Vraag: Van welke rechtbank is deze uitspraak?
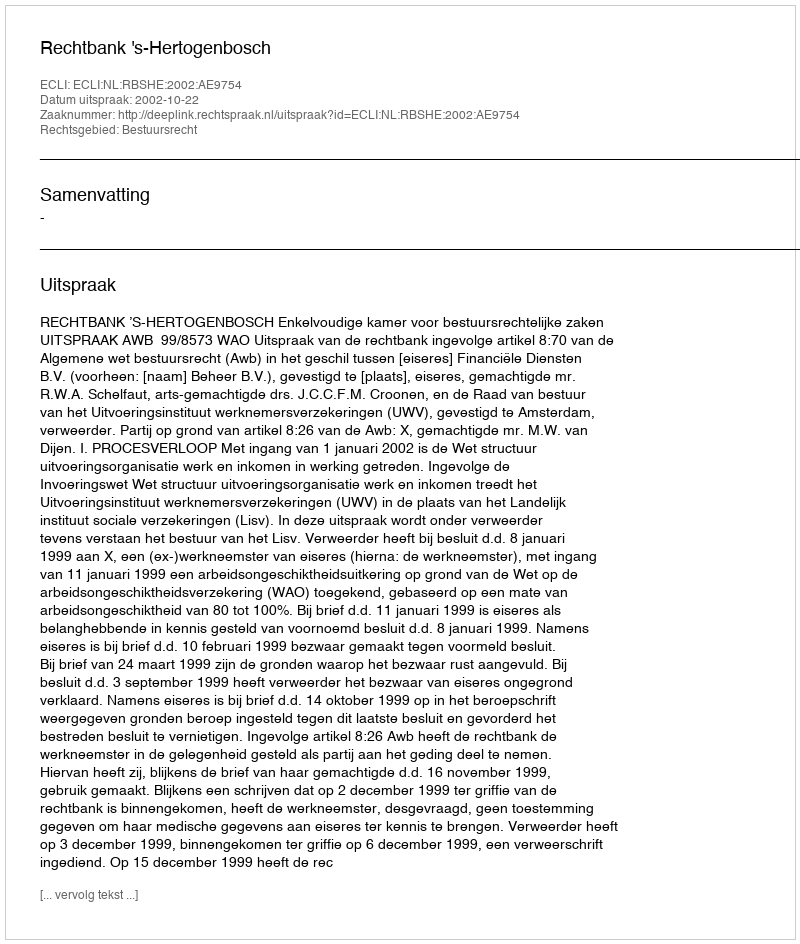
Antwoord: Rechtbank 's-Hertogenbosch